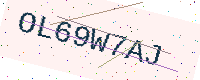
Text: OL69W7AJ